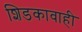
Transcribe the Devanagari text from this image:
शिडकावाही